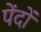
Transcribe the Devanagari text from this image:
पेंदों